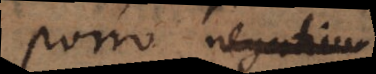
Porro negativu